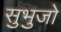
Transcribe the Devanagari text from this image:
सुभुजो